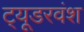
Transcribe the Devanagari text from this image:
ट्यूडरवंश